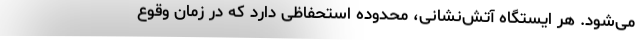
می‌شود. هر ایستگاه آتش‌نشانی، محدوده استحفاظی دارد که در زمان وقوع